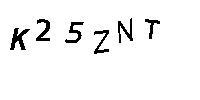
K25ZNT